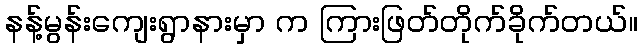
နန့်မွန်းကျေးရွာနားမှာ က ကြားဖြတ်တိုက်ခိုက်တယ်။